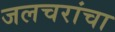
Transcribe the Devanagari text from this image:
जलचरांचा